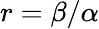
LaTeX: r=\beta/\alpha